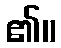
၏။